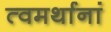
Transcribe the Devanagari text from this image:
त्वमर्थानां